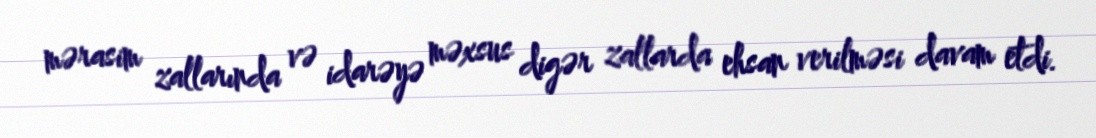
mərasim zallarında və idarəyə məxsus digər zallarda ehsan verilməsi davam etdi.